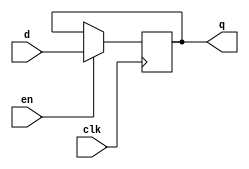
module flopen #(parameter WIDTH =32)
   (input clk,en,
    input [WIDTH-1:0] d,
    output reg [WIDTH-1:0] q);
    always @(posedge clk)
        if(en)
            q<=d;
endmodule